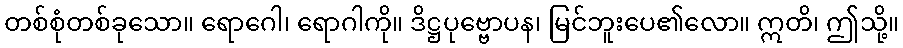
တစ်စုံတစ်ခုသော။ ရောဂေါ၊ ရောဂါကို။ ဒိဋ္ဌပုဗ္ဗောပန၊ မြင်ဘူးပေ၏လော။ ဣတိ၊ ဤသို့။